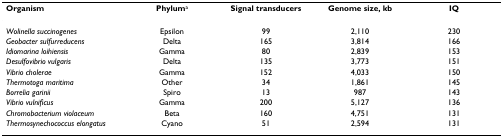
| Organism | Phyluma | Signal transducers | Genome size, kb | IQ |
 | --- | --- | --- | --- | --- |
 | Wolinella succinogenes | Epsilon | 99 | 2,110 | 230 |
 | Geobacter sulfurreducens | Delta | 165 | 3,814 | 166 |
 | Idiomarina loihiensis | Gamma | 80 | 2,839 | 153 |
 | Desulfovibrio vulgaris | Delta | 135 | 3,773 | 151 |
 | Vibrio cholerae | Gamma | 152 | 4,033 | 150 |
 | Thermotoga maritima | Other | 34 | 1,861 | 145 |
 | Borrelia garinii | Spiro | 13 | 987 | 143 |
 | Vibrio vulnificus | Gamma | 200 | 5,127 | 136 |
 | Chromobacterium violaceum | Beta | 160 | 4,751 | 131 |
 | Thermosynechococcus elongatus | Cyano | 51 | 2,594 | 131 |